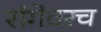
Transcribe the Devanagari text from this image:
रांगेवरच